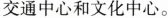
交通中心和文化中心。